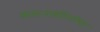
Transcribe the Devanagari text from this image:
व्यसनाधीनतेचा